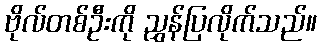
ဗိုလ်တစ်ဦးကို ညွှန်ပြလိုက်သည်။